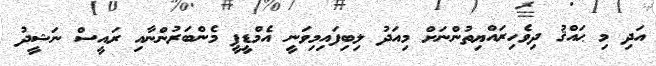
އަދި މި ޙައްޤު ދިވެހިރައްޔިތުންނަށް މިއަދު ލިބިފައިމިވަނީ އެމްޑީޕީ މެންބަރުންނާއި ރައީސް ނަޝީދު